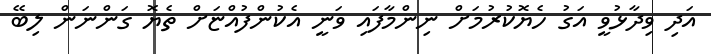
އަދި ވިދާޅުވީ އަގު ހެޔޮކުރުމަށް ނިންމާފައި ވަނީ އެކުންފުއްޏަށް ތެޔޮ ގަންނަން ލިބޭ